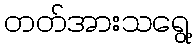
တတ်အားသရွေ့